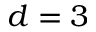
d = 3